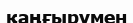
қаңғырумен